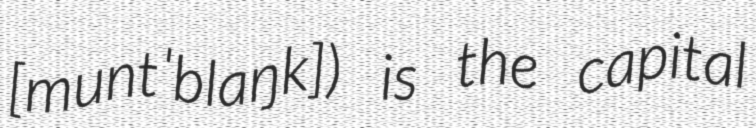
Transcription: [muntˈblaŋk]) is the capital